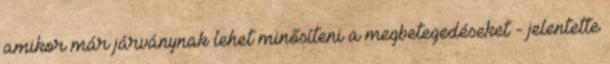
amikor már járványnak lehet minősíteni a megbetegedéseket - jelentette